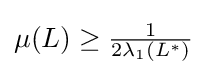
{\textstyle \mu (L)\geq {\frac {1}{2\lambda _{1}(L^{*})}}}